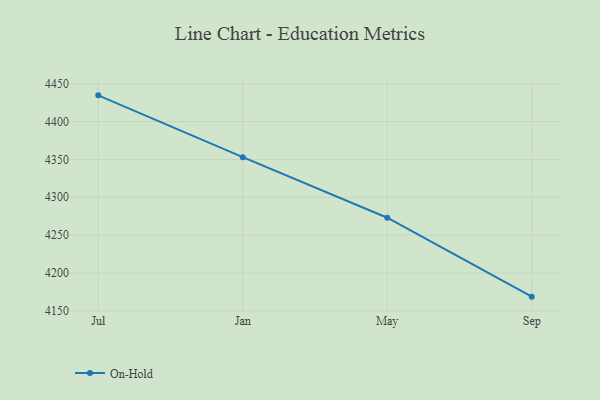
{"axis": {"x": "Month", "y": "Gross Profit (USD K)"}, "legend": ["On-Hold"], "data": [{"x": "Jul", "y": 4434.6, "type": "On-Hold"}, {"x": "Jan", "y": 4353.0, "type": "On-Hold"}, {"x": "May", "y": 4273.0, "type": "On-Hold"}, {"x": "Sep", "y": 4168.8, "type": "On-Hold"}]}